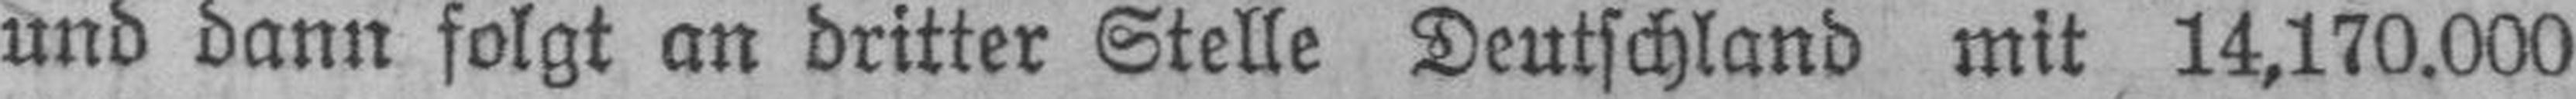
und dann folgt an dritter Stelle Deutschland mit 14,170.000